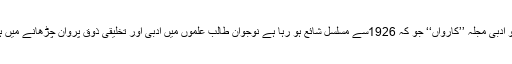
گورنمنٹ کالج جھنگ کا علمی و ادبی مجلہ ’’کارواں‘‘ جو کہ 1926سے مسلسل شائع ہو رہا ہے نوجوان طالب علموں میں ادبی اور تخلیقی ذوق پروان چڑھانے میں ہمیشہ اہم کردار ادا کرتا رہا ہے۔